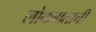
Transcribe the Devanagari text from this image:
लोकमताची